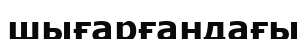
шығарғандағы